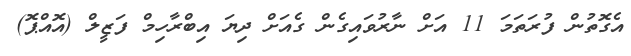
އެގޮތުން ފުރަތަމަ 11 އަށް ނާރުވައިގެން ގެއަށް ދިޔަ އިބްރާހިމް ފަޒީލް (އޮއްޕޮ)